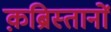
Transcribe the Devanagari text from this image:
क़ब्रिस्तानों